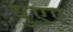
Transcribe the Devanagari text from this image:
युएए